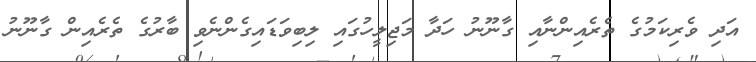
އަދި ވެރިކަމުގެ ތެރެއިންނާއި ގާނޫނު ހަދާ މަޖިލީހުގައި ލިބިވަޑައިގެންނެވި ބާރުގެ ތެރެއިން ގާނޫނު